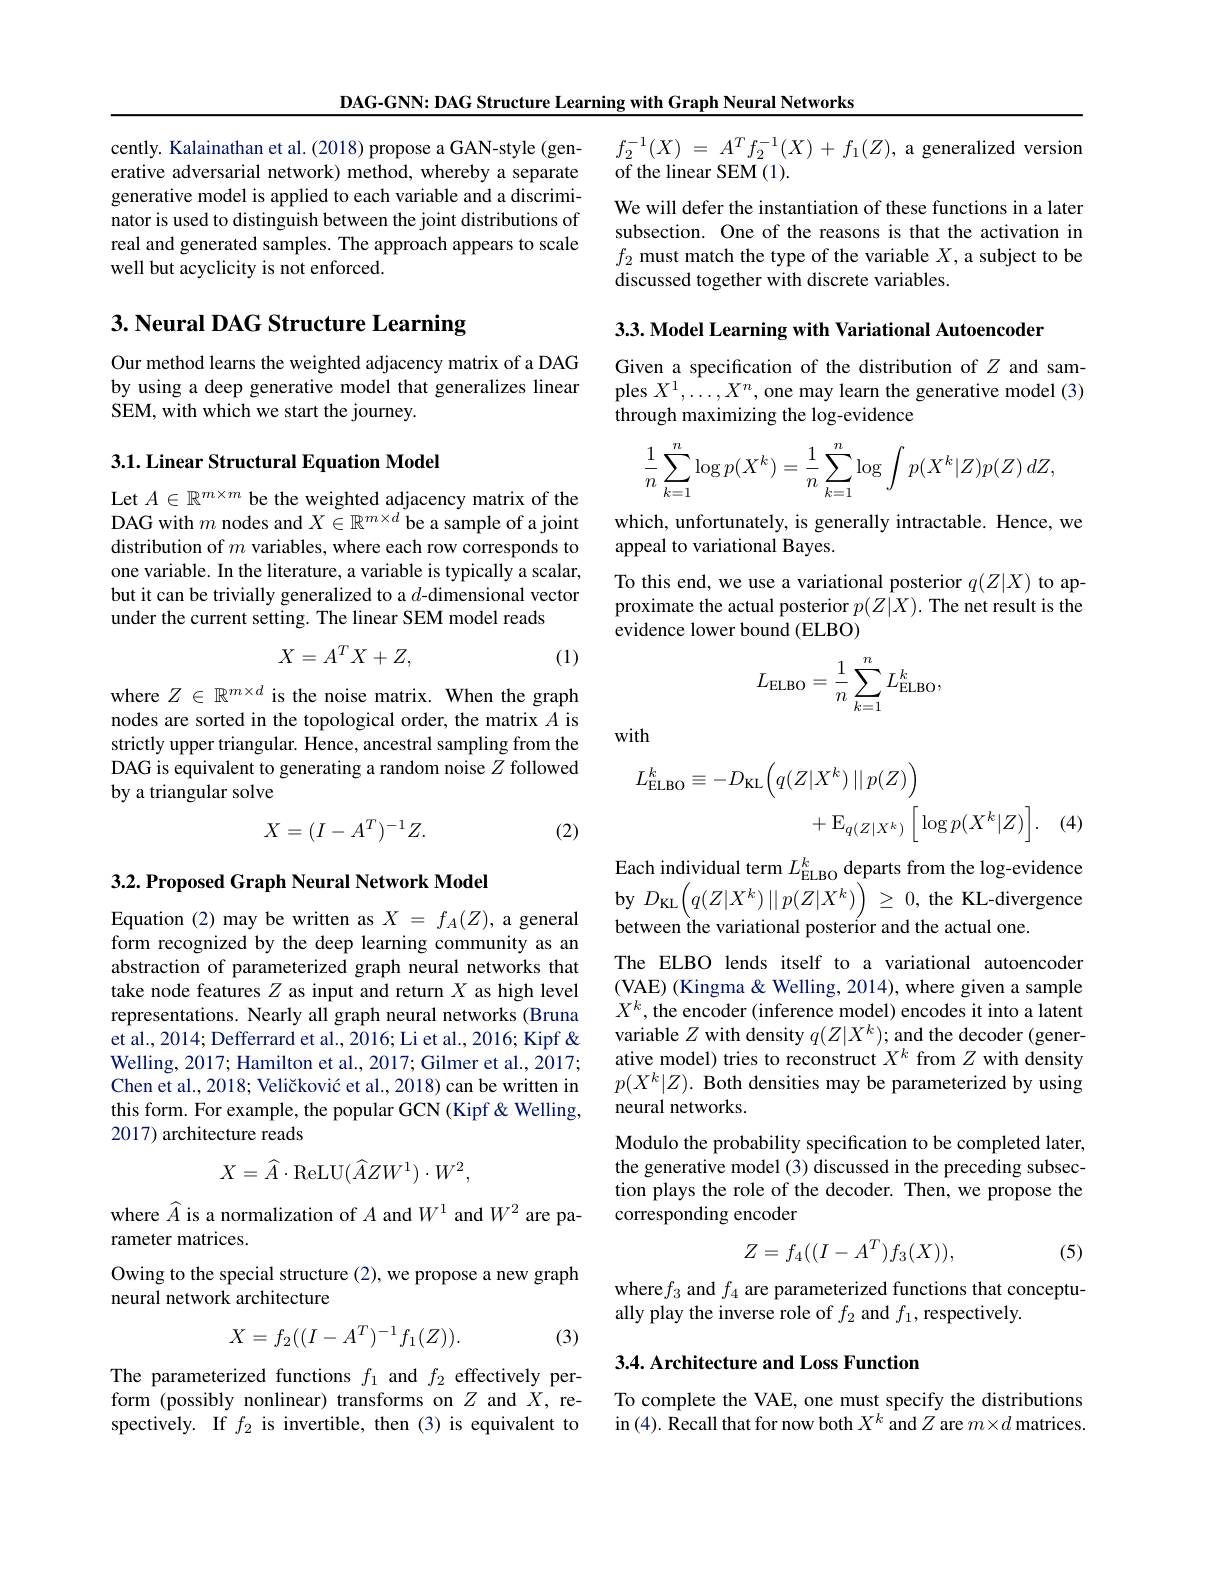
DAG-GNN: DAG Structure Learning with Graph Neural Networks

cently. Kalainathan et al. (2018) propose a GAN-style (generative adversarial network) method, whereby a separate generative model is applied to each variable and a discriminator is used to distinguish between the joint distributions of real and generated samples. The approach appears to scale well but acyclicity is not enforced.

## 3. Neural DAG Structure Learning

Our method learns the weighted adjacency matrix of a DAG by using a deep generative model that generalizes linear SEM, with which we start the journey.

3.1. Linear Structural Equation Model

Let $A\in\mathbb{R}^{m\times m}$ be the weighted adjacency matrix of the DAG with $m$ nodes and $X\in\mathbb{R}^m\times d$ be a sample of a joint distribution of $m$ variables, where each row corresponds to one variable. In the literature, a variable is typically a scalar, but it can be trivially generalized to a $d$-dimensional vector under the current setting. The linear SEM model reads
$$X=A^TX+Z,$$
(1)

where $Z\in\mathbb{R}^{m\times d}$ is the noise matrix. When the graph nodes are sorted in the topological order, the matrix $A$ is strictly upper triangular. Hence, ancestral sampling from the DAG is equivalent to generating a random noise $Z$ followed by a triangular solve
$$X=(I-A^T)^{-1}Z.$$
(2)

3.2. Proposed Graph Neural Network Model

Equation (2) may be written as $X=f_A(Z)$, a general form recognized by the deep learning community as an abstraction of parameterized graph neural networks that take node features $Z$ as input and return $X$ as high level representations. Nearly all graph neural networks (Bruna et al., 2014; Defferrard et al., 2016; Li et al., 2016; Kipf & Welling, 2017; Hamilton et al., 2017; Gilmer et al., 2017; Chen et al., 2018; Veličković et al., 2018) can be written in this form. For example, the popular GCN (Kipf&Welling, 2017) architecture reads
$$X=\widehat{A}\cdot\mathrm{ReLU}(\widehat{A}ZW^{1})\cdot W^{2},$$
where $\widehat{A}$ is a normalization of $A$ and $W^1$ and $W^2$ are pa-
rameter matrices.
Owing to the special structure (2), we propose a new graph
neural network architecture
$$X=f_2((I-A^T)^{-1}f_1(Z)).$$
(3)

The parameterized functions $f_1$ and $f_2$ effectively perform (possibly nonlinear) transforms on $Z$ and $X$, respectively. If $f_2$ is invertible, then (3) is equivalent to

$f_2^{- 1}( X)$ = $A^Tf_2^{- 1}( X)$ + $f_1( Z) $, a generalized version
of the linear SEM (1).
We will defer the instantiation of these functions in a later subsection. One of the reasons is that the activation in $f_2$ must match the type of the variable $X$, a subject to be discussed together with discrete variables.

3.3. Model Learning with Variational Autoencoder

Given a specification of the distribution of $Z$ and samples $X^1,\ldots,X^n$, one may learn the generative model (3) through maximizing the log-evidence
$$\begin{aligned}\frac{1}{n}\sum_{k=1}^n\log p(X^k)=\frac{1}{n}\sum_{k=1}^n\log\int p(X^k|Z)p(Z)\:dZ,\end{aligned}$$
which, unfortunately, is generally intractable. Hence, we
appeal to variational Bayes.
To this end, we use a variational posterior $q(Z|X)$ to approximate the actual posterior $p(Z|X).$ The net result is the evidence lower bound (ELBO)
$$L_{\mathrm{ELBO}}=\frac1n\sum_{k=1}^nL_{\mathrm{ELBO}}^k,$$
with
$$\begin{aligned}L_{\mathrm{ELBO}}^{k}\equiv-D_{\mathrm{KL}}\Big(q(Z|X^{k})\:||\:p(Z)\Big)\\&+\mathbb{E}_{q(Z|X^{k})}\Big[\log p(X^{k}|Z)\Big].\end{aligned}$$
(4,

Each individual term $L_{\mathrm{ELBO}}^{k}$ departs from the log-evidence by $D_{\mathrm{KL}}\left(q(Z|X^{k})\:\|p(Z|X^{k})\right)\geq0$, the KL-divergence between the variational posterior and the actual one.
The ELBO lends itself to a variational autoencoder (VAE) (Kingma & Welling, 2014), where given a sample $X^k$, the encoder (inference model) encodes it into a latent variable $Z$ with density $q(Z|X^k);$ and the decoder (generative model) tries to reconstruct $X^k$ from $Z$ with density $p( X^k| Z) . \textbf{ Both densities may be parameterized by using}$ neural networks.
Modulo the probability specification to be completed later, the generative model (3) discussed in the preceding subsection plays the role of the decoder. Then, we propose the corresponding encoder
$$Z=f_4((I-A^T)f_3(X)),$$
(5)

where$f_3$ and $f_4$ are parameterized functions that conceptu-
ally play the inverse role of $f_2$ and $f_1$,respectively.

## 3.4. Architecture and Loss Function

To complete the VAE, one must specify the distributions in (4). Recall that for now both $X^k$ and $Z$ are $m\times d$ matrices.